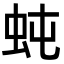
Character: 𧉙